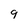
Character: q